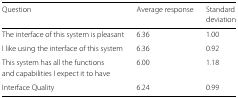
<table><thead><tr><td><b>Question</b></td><td><b>Average response</b></td><td><b>Standard</b></td></tr><tr><td></td><td></td><td><b>deviation</b></td></tr></thead><tbody><tr><td>The interface of this system is pleasant</td><td>6.36</td><td>1.00</td></tr><tr><td>I like using the interface of this system</td><td>6.36</td><td>0.92</td></tr><tr><td>This system has all the functions</td><td>6.00</td><td>1.18</td></tr><tr><td>and capabilities I expect it to have</td><td></td><td></td></tr><tr><td>Interface Quality</td><td>6.24</td><td>0.99</td></tr></tbody></table>